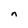
Character: n